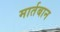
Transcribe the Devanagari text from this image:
मार्तबान